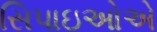
સિપાઇઓએ